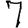
Digit: 7